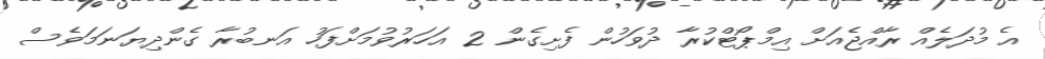
އެ މުދަލެއް ރާއްޖެއަށް އިމްޕޯޓްކުރާ ދުވަހުން ފެށިގެން 2 އަހަރުވުމަށްފަހު އަނބުރާ ގެންދިޔަނަމަވެސް